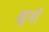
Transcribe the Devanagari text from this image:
क्षुपी